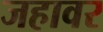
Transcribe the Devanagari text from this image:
जहावर